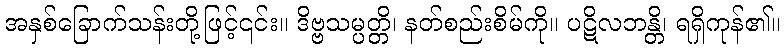
အနှစ်ခြောက်သန်းတို့ဖြင့်၎င်း။ ဒိဗ္ဗသမ္ပတ္တိ၊ နတ်စည်းစိမ်ကို။ ပဋိလဘန္တိ၊ ရရှိကုန်၏။